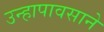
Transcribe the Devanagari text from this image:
उन्हापावसाने